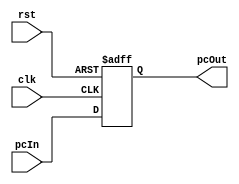
`timescale 1ns / 1ps
//////////////////////////////////////////////////////////////////////////////////
// Company: 
// Engineer: 
// 
// Design Name: 
// Module Name: pc
// Project Name: 
// Target Devices: 
// Tool Versions: 
// Description: 
// 
// Dependencies: 
// 
// Revision:
// Revision 0.01 - File Created
// Additional Comments:
// 
//////////////////////////////////////////////////////////////////////////////////


module pc(
    input clk,
    input rst, 
    input [7:0] pcIn, 
    output reg [7:0] pcOut
    );
  
  always @(posedge clk, negedge rst) 
  begin
    if(rst == 0)
        pcOut <= 0;
    else
        pcOut <= pcIn;
  end

endmodule